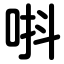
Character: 唞